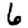
Digit: 6